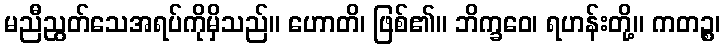
မညီညွတ်သေအရပ်ကိုမှိသည်။ ဟောတိ၊ ဖြစ်၏။ ဘိက္ခဝေ၊ ရဟန်းတို့။ ကတဉ္စ၊